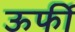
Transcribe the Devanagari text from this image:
ऊर्फी